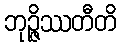
ဘုဉ္ဇိဿတီတိ